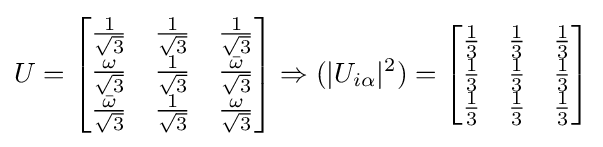
U={\begin{bmatrix}{\frac {1}{\sqrt {3}}}&{\frac {1}{\sqrt {3}}}&{\frac {1}{\sqrt {3}}}\\{\frac {\omega }{\sqrt {3}}}&{\frac {1}{\sqrt {3}}}&{\frac {\bar {\omega }}{\sqrt {3}}}\\{\frac {\bar {\omega }}{\sqrt {3}}}&{\frac {1}{\sqrt {3}}}&{\frac {\omega }{\sqrt {3}}}\end{bmatrix}}\Rightarrow (|U_{i\alpha }|^{2})={\begin{bmatrix}{\frac {1}{3}}&{\frac {1}{3}}&{\frac {1}{3}}\\{\frac {1}{3}}&{\frac {1}{3}}&{\frac {1}{3}}\\{\frac {1}{3}}&{\frac {1}{3}}&{\frac {1}{3}}\end{bmatrix}}